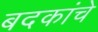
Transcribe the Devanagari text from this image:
बदकांचे